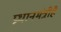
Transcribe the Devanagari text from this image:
प्रधानमंत्रीहै